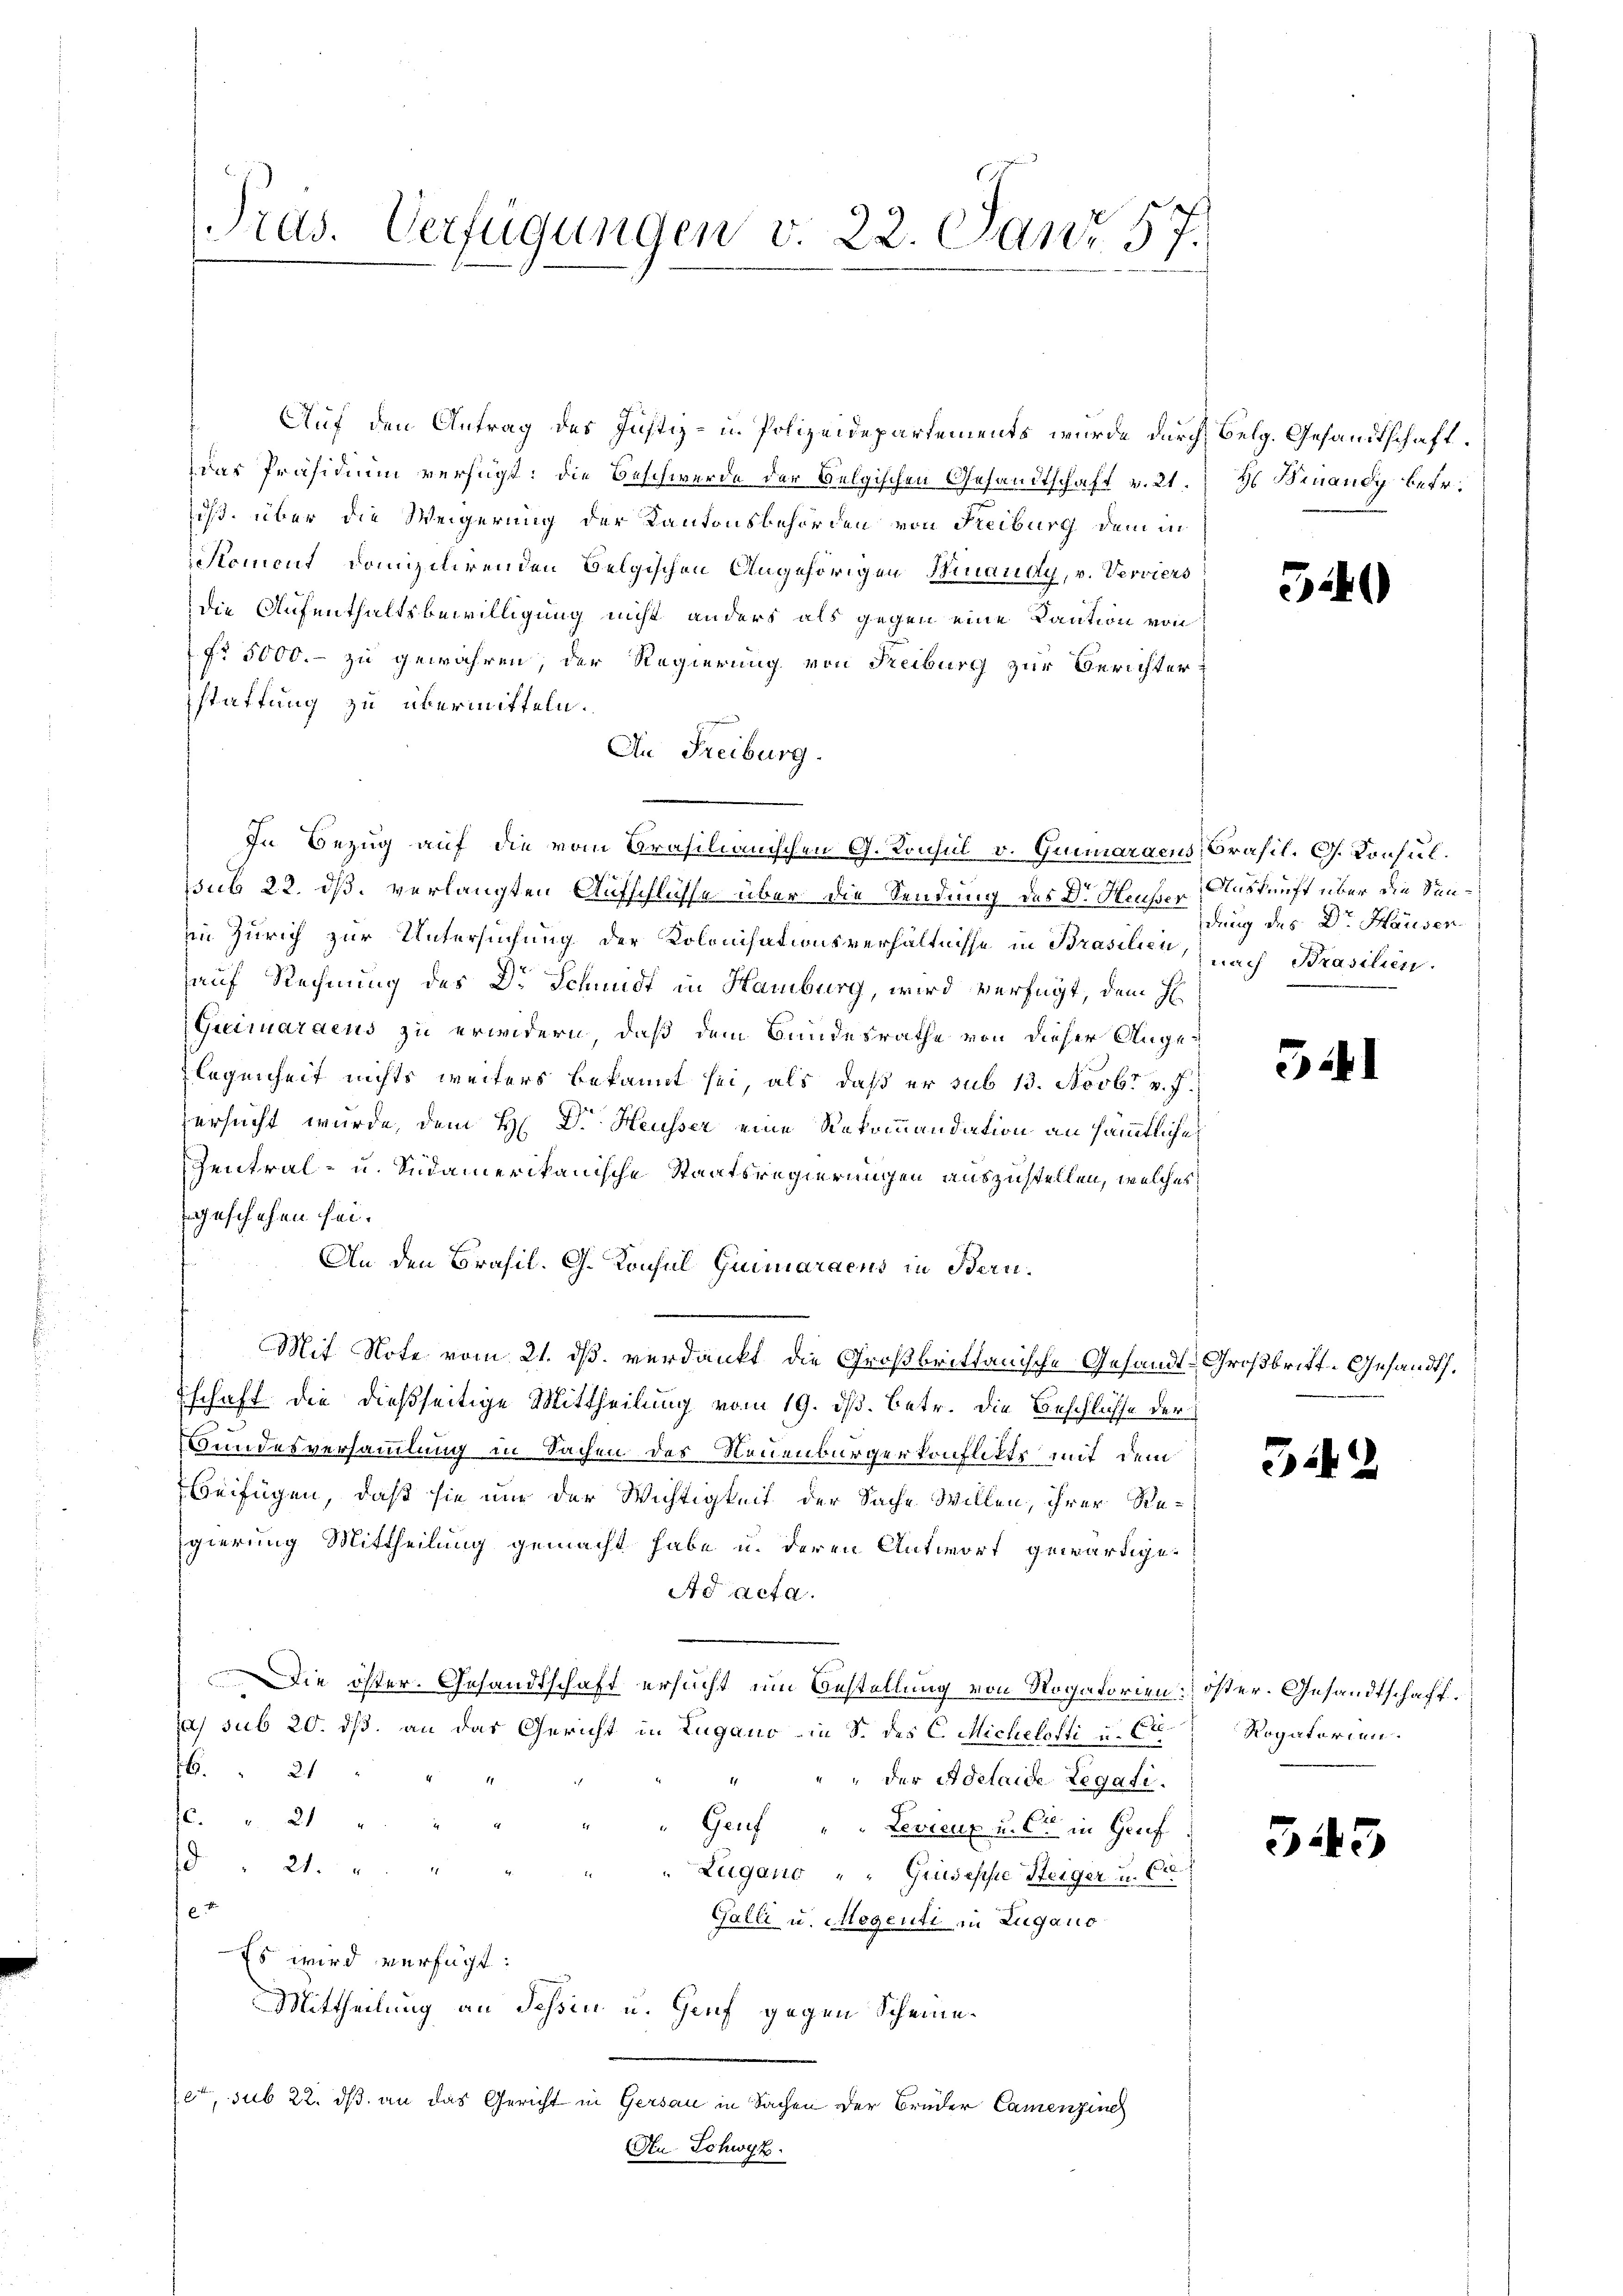
Pras. Verfügungen v. 22. Janr 57.

Auf den Antrag des Justiz- u. Polizeidepartements wurde durch Belg. Gesandtschaft.
das Präsidium verfügt: die Beschwerde der Belgischen Gesandtschaft v. 21.
iß über die Weigerung der Kantonsbehörden von Freiburg dem in
omont domizilirenden Belgischen Angehörigen Hinaudy, v. Verviers
die Aufenthaltsbewilligung nicht anders als gegen eine Kaution von
fr 5000.- zu gewähren, der Regierung von Freiburg zur Berichter
stattung zu übermitteln.
An Freiburg.
In Bezug auf die vom Brasilianischen G. Konsul v. Grimaraeus, Brasil. G. Konsulpsub 22. dß. verlangten Aufschlüsse über die Sendung des Dr. Heußer, Auskunft über die Seniin Zürich zur Untersuchung der Kolonisationsverhältnisse in Prasilie, nach Prasilien.
auf Rechnung des Dr Schmidt in Hamburg, wird verfügt, dem H
Quimaraeus zu erwidern, daß dem Bundesrathe von dieser Angelegenheit nichts weiters bekannt sei, als daß er sub 13. Novbr. v. J.
Versucht wurde, dem H. Dr. Heusser eine Rekommandation an sämmtliche
Zentral- u. Südamerikanische Staatsregierungen auszustellen, welches
geschehen sei.
An den Brasil. G. Konsul Grimaraeus in Bern.
Mit Note vom 21. ds. verdankt die Großbrittanische Gesandt-Großbritt-Gesandts.
schaft die dießseitige Mittheilung vom 19. ds. betr. die Beschlüsse der
Gundesversammlung in Sachen des Neuenburgerkonflikte mit dem
Beifügen, daß sie um der Wichtigkeit der Sache Willen, ihrer Re-
Egierung Mittheilung gemacht habe u. deren Antwort gewärtigen
Ad acta.
Die öster. Gesandtschaft ersucht um Bestellung von Rogatorien ister. Gesandtschaft.
as sub 20. ds. an das Gericht in Lugano in S. des C. Micheletti u. Er
76. 21
" " " der Adelaide Legati.
c. " 21 "
" Genf " " Levicux u. et in Gruf
 " 21.
"Zugano " " Giuseppe Steiger u. Ca

Galli u. Magenti in Zugano
Es wird verfügt:
Mittheilung an Schen u. Genf gegen Scheinelet, sub 22. dβ an das Gericht in Gersau in Sachen der Bruder Camenzinch
An Schwyz.

H Binandy betr.

34

dung des Dr. Hausen.

52

i

32

Rogatorien.

545